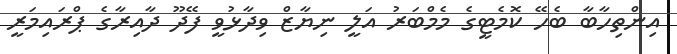
އިންތިހާބާ ބެހޭ ކޮމެޓީގެ މެމްބަރު އަލީ ނިޔާޒް ވިދާޅުވީ ފޭދޫ ދާއިރާގެ ޕްރައިމަރީ